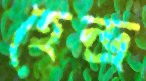
হেন্দ্র